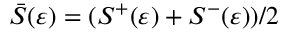
\bar { S } ( \varepsilon ) = ( S ^ { + } ( \varepsilon ) + S ^ { - } ( \varepsilon ) ) / 2